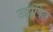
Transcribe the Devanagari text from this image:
उद्वाषित